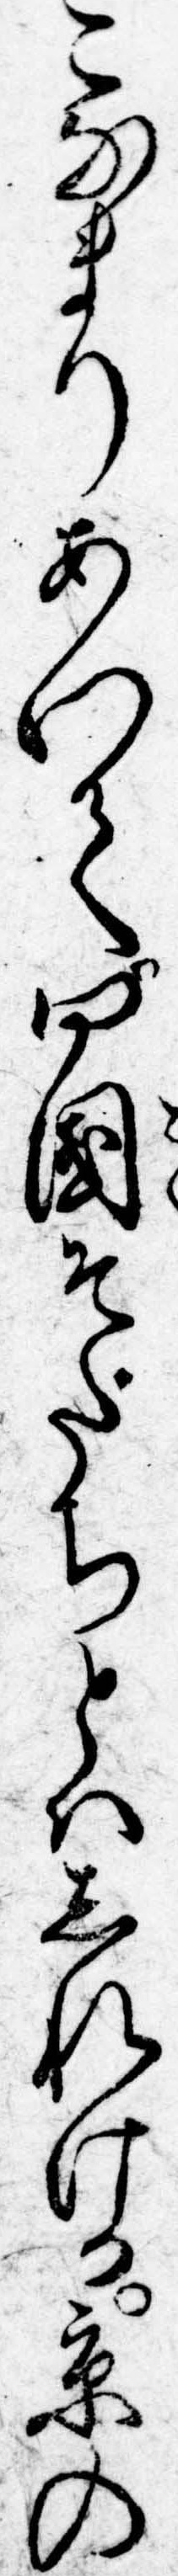
こなまりあつて四国そだちとはしれける京の